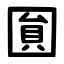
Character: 圎